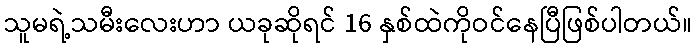
သူမရဲ့သမီးလေးဟာ ယခုဆိုရင် 16 နှစ်ထဲကိုဝင်နေပြီဖြစ်ပါတယ်။